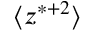
\big < z ^ { * + 2 } \big >